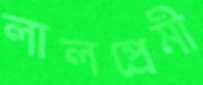
লালপ্রেমী